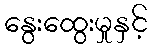
နွေးထွေးမှုနှင့်